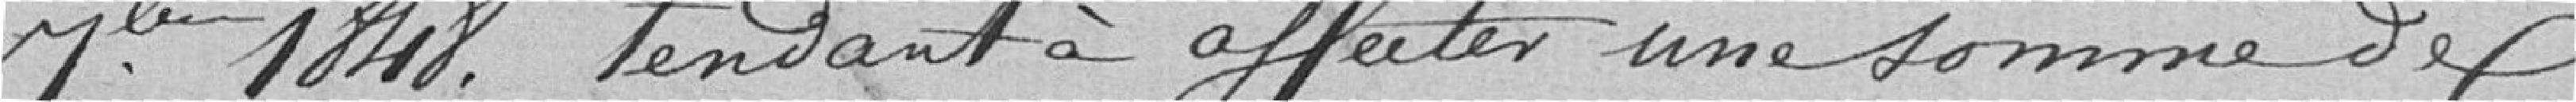
septembre1848 tendant à affecter une somme de